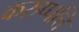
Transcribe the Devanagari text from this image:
करुप्पत्ति